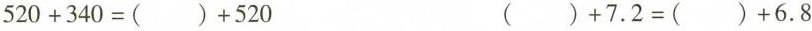
$$5 2 0 + 3 4 0 = ( ) + 5 2 0$$ $$( ) + 7 . 2 = ( ) + 6 . 8$$